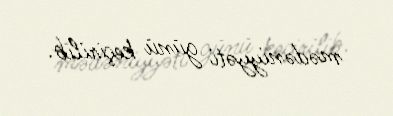
mədəniyyəti günü keçirilib.